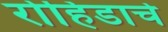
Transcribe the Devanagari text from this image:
रोहिडाचे